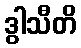
ဒွါသီတိ